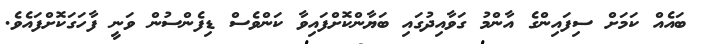
ބައެއް ކަމަށް ސިފައިންގެ އާންމު ގަވާއިދުގައި ބަޔާންކޮށްފައިވާ ކަންވެސް ޑިފެންސުން ވަނީ ފާހަގަކޮށްފައެވެ.